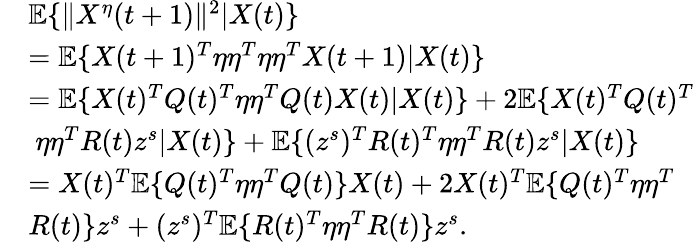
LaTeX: \begin{array}{rl}&{\mathbb{E}\{ \| X^{\eta}(t+1)\| ^{2}|X(t)\} }\\ &{=\mathbb{E}\{ X(t+1)^{T}\eta\eta^{T}\eta\eta^{T}X(t+1)|X(t)\} }\\ &{=\mathbb{E}\{ X(t)^{T}Q(t)^{T}\eta\eta^{T}Q(t)X(t)|X(t)\} +2\mathbb{E}\{ X(t)^{T}Q(t)^{T}}\\ &{~\eta\eta^{T}R(t)z^{s}|X(t)\} +\mathbb{E}\{ (z^{s})^{T}R(t)^{T}\eta\eta^{T}R(t)z^{s}|X(t)\} }\\ &{=X(t)^{T}\mathbb{E}\{ Q(t)^{T}\eta\eta^{T}Q(t)\} X(t)+2X(t)^{T}\mathbb{E}\{ Q(t)^{T}\eta\eta^{T}}\\ &{R(t)\} z^{s}+(z^{s})^{T}\mathbb{E}\{ R(t)^{T}\eta\eta^{T}R(t)\} z^{s}.}\end{array}